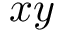
x y